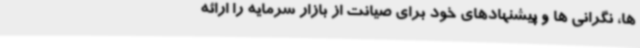
ها، نگرانی ها و پیشنهادهای خود برای صیانت از بازار سرمایه را ارائه